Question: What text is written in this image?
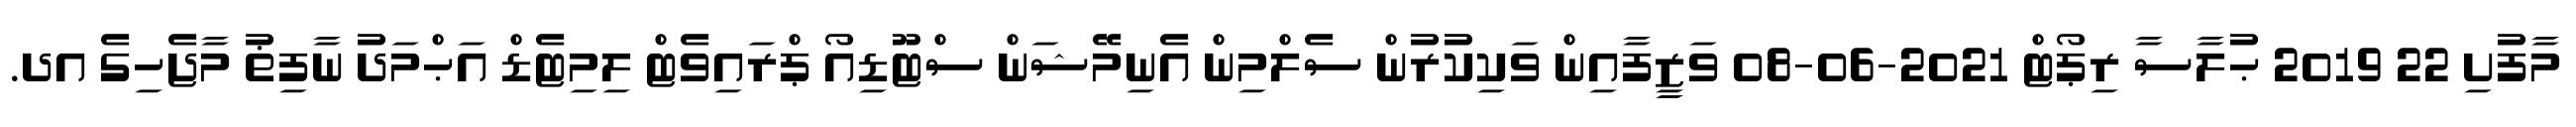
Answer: މާފުށި 22 2019 ޙުލާސާ ރިޕޯޓް 2021-06-08 ވަޒީފާއިން ވަކިކުރުން ސެލްމިން އެނިމޭޝަން ސްޓޫޑިއޯ ޕްރައިވެޓް ލިމިޓެޑް އަޙްމަދު ނާފިޡު މާޖެހިގެ އދ.